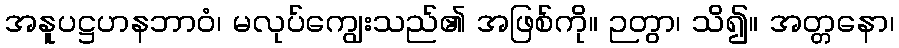
အနူပဋ္ဌဟနဘာဝံ၊ မလုပ်ကျွေးသည်၏ အဖြစ်ကို။ ဉတွာ၊ သိ၍။ အတ္တနော၊